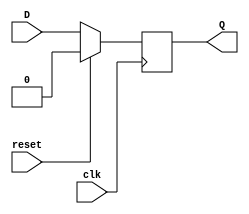
module d_flip_flop (
    input wire clk,
    input wire reset,
    input wire D,
    output reg Q
);

always @(posedge clk) begin
    if(reset)
        Q <= 0;
    else
        Q <= D;
end

endmodule